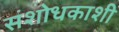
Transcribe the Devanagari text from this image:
संशोधकाशी